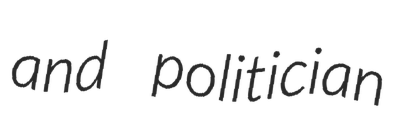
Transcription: and politician